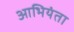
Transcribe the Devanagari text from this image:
आभियंता